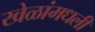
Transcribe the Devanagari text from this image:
खेळांमधली